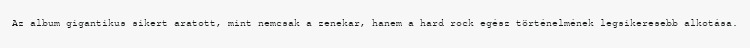
Az album gigantikus sikert aratott, mint nemcsak a zenekar, hanem a hard rock egész történelmének legsikeresebb alkotása.